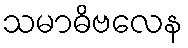
သမာဓိဗလေန